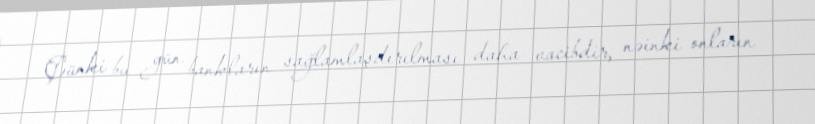
Çünki bu gün bankların sağlamlaşdırılması daha vacibdir, nəinki onların